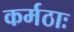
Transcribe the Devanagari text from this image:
कर्मठाः